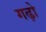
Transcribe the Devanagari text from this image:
गढ़ो